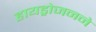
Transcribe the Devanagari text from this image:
हायड्रोजनने